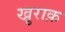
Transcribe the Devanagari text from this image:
खु़राक़